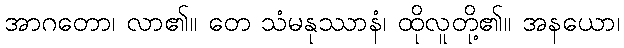
အာဂတော၊ လာ၏။ တေ သံမနုဿာနံ၊ ထိုလူတို့၏။ အနယော၊